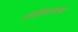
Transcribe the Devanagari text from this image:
संगीतरूपक